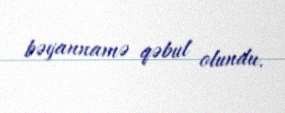
bəyannamə qəbul olundu.